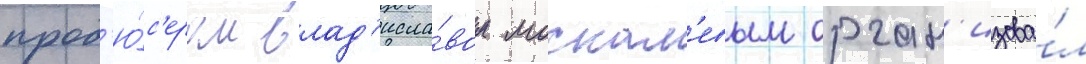
прод'ю́с'ером влад'исла́вом москал'евым орган'изова́л